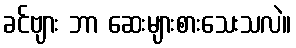
ခင်ဗျား ဘာ ဆေးများစားသေးသလဲ။